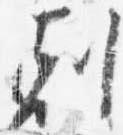
剋